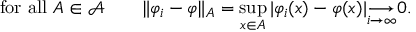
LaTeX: { \mathrm { ~ f o r ~ a l l ~ } } A \in { \mathcal { A } } \qquad \| \varphi _ { i } - \varphi \| _ { A } = \operatorname* { s u p } _ { x \in A } | \varphi _ { i } ( x ) - \varphi ( x ) | { \underset { i \to \infty } { \longrightarrow } } 0 .